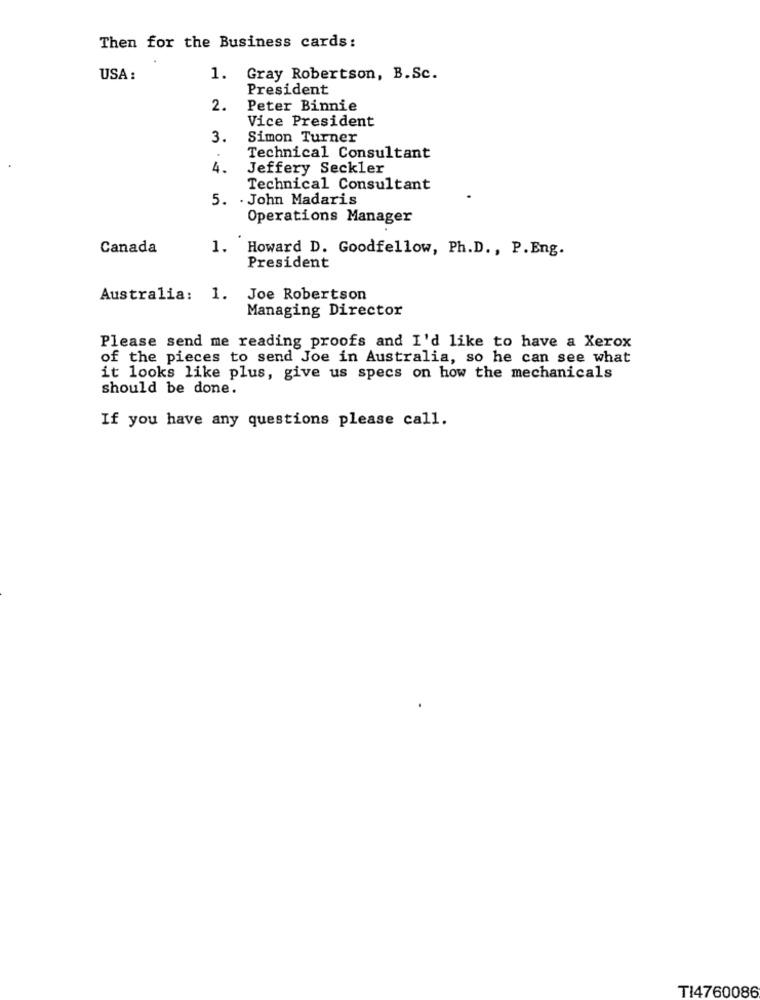
Then for the Business cards:
USA :
1. Gray Robertson, B. Sc.
President
2.
Peter Binnie
Vice President
3.
Simon Turner
Technical Consultant
4.
Jeffery Seckler
Technical Consultant
5. . John Madaris
Operations Manager
Canada
1. Howard D. Goodfellow, Ph.D ., P. Eng.
President
Australia: 1. Joe Robertson
Managing Director
Please send me reading proofs and I'd like to have a Xerox
of the pieces to send Joe in Australia, so he can see what
it looks like plus, give us specs on how the mechanicals
should be done.
If you have any questions please call.
TI4760086